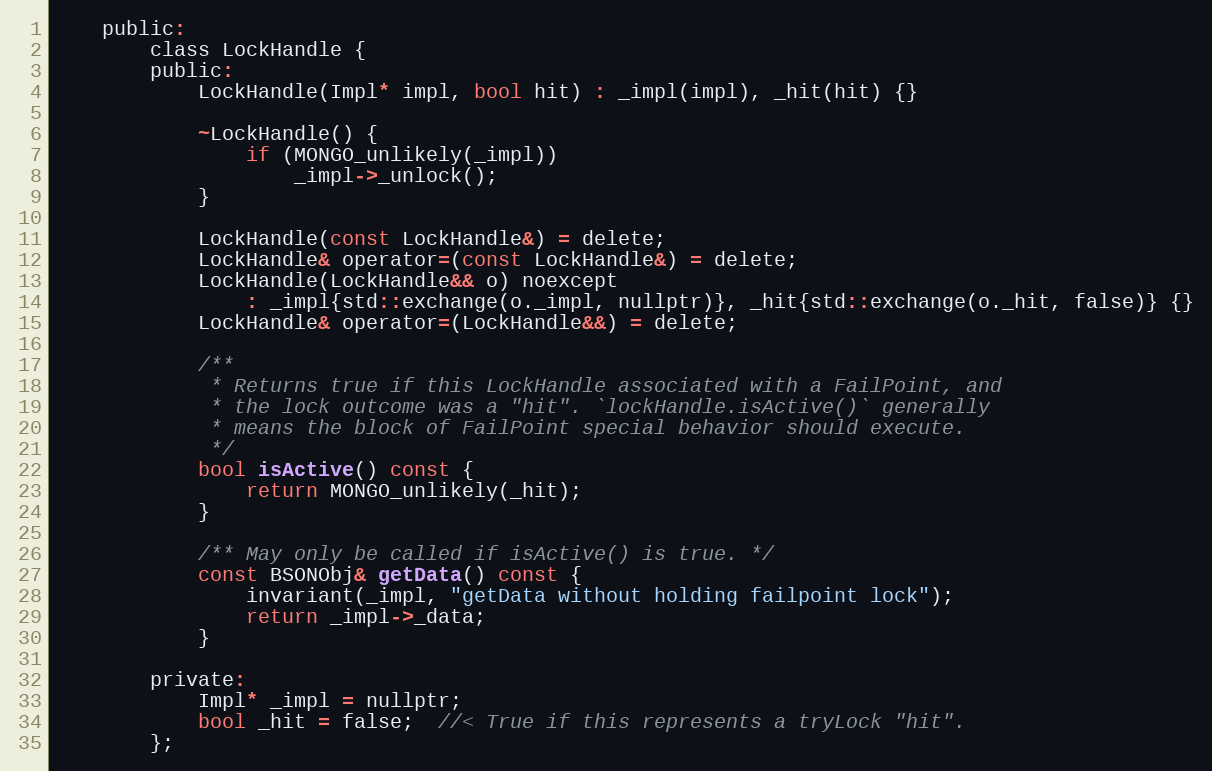
Language: C
    public:
        class LockHandle {
        public:
            LockHandle(Impl* impl, bool hit) : _impl(impl), _hit(hit) {}

            ~LockHandle() {
                if (MONGO_unlikely(_impl))
                    _impl->_unlock();
            }

            LockHandle(const LockHandle&) = delete;
            LockHandle& operator=(const LockHandle&) = delete;
            LockHandle(LockHandle&& o) noexcept
                : _impl{std::exchange(o._impl, nullptr)}, _hit{std::exchange(o._hit, false)} {}
            LockHandle& operator=(LockHandle&&) = delete;

            /**
             * Returns true if this LockHandle associated with a FailPoint, and
             * the lock outcome was a "hit". `lockHandle.isActive()` generally
             * means the block of FailPoint special behavior should execute.
             */
            bool isActive() const {
                return MONGO_unlikely(_hit);
            }

            /** May only be called if isActive() is true. */
            const BSONObj& getData() const {
                invariant(_impl, "getData without holding failpoint lock");
                return _impl->_data;
            }

        private:
            Impl* _impl = nullptr;
            bool _hit = false;  //< True if this represents a tryLock "hit".
        };